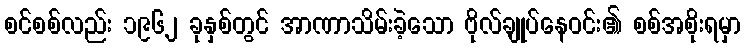
စင်စစ်လည်း ၁၉၆၂ ခုနှစ်တွင် အာဏာသိမ်းခဲ့သော ဗိုလ်ချုပ်နေဝင်း၏ စစ်အစိုးရမှာ